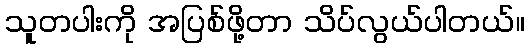
သူတပါးကို အပြစ်ဖို့တာ သိပ်လွယ်ပါတယ်။